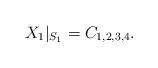
LaTeX: \begin{align*}X_1|_{S_1}=C_{1,2,3,4}.\end{align*}